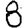
Digit: 8